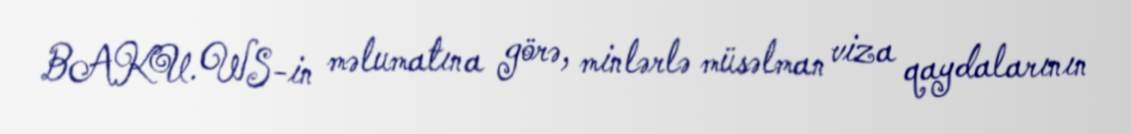
BAKU.WS-in məlumatına görə, minlərlə müsəlman viza qaydalarının